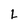
Character: l